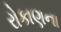
રોકાણના